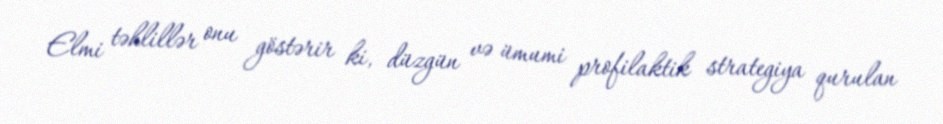
Elmi təhlillər onu göstərir ki, düzgün və ümumi profilaktik strategiya qurulan